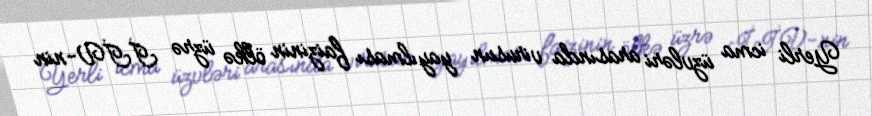
Yerli icma üzvləri arasında virusun yayılması faizinin ölkə üzrə İİV-nin